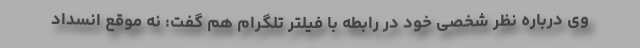
وی درباره نظر شخصی خود در رابطه با فیلتر تلگرام هم گفت: نه موقع انسداد